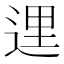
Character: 𨓦